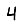
Digit: 4